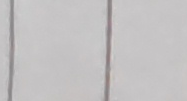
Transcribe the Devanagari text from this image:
दुई